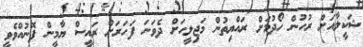
ޝަކީލާއަށް ރުހުން ހޯދުމަށް ރައްޔިތުން މަޖިލީހަށް ދެވަނަ ފަހަރަށް ރައީސް ޔާމީން ފޮނުއްވެވީ